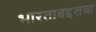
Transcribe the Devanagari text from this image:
भारताबद्दलचा